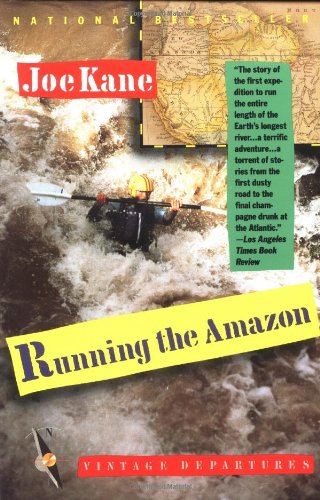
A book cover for Running the Amazon; Joe Kane; Travel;